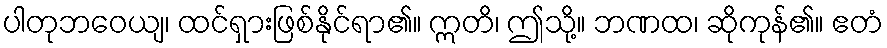
ပါတုဘဝေယျ၊ ထင်ရှားဖြစ်နိုင်ရာ၏။ ဣတိ၊ ဤသို့။ ဘဏထ၊ ဆိုကုန်၏။ ဧတံ